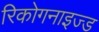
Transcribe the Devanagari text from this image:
रिकोगनाइज्ड